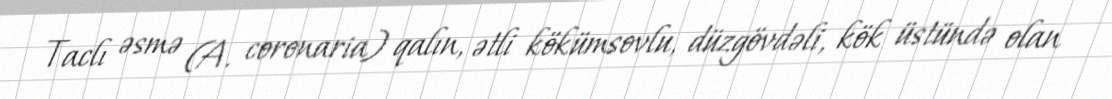
Taclı əsmə (A. coronaria) qalın, ətli kökümsovlu, düzgövdəli, kök üstündə olan